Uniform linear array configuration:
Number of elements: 64
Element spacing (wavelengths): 1
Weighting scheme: blackman
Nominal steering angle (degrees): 30
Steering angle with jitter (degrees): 29.422
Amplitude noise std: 0.05
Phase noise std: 0.05

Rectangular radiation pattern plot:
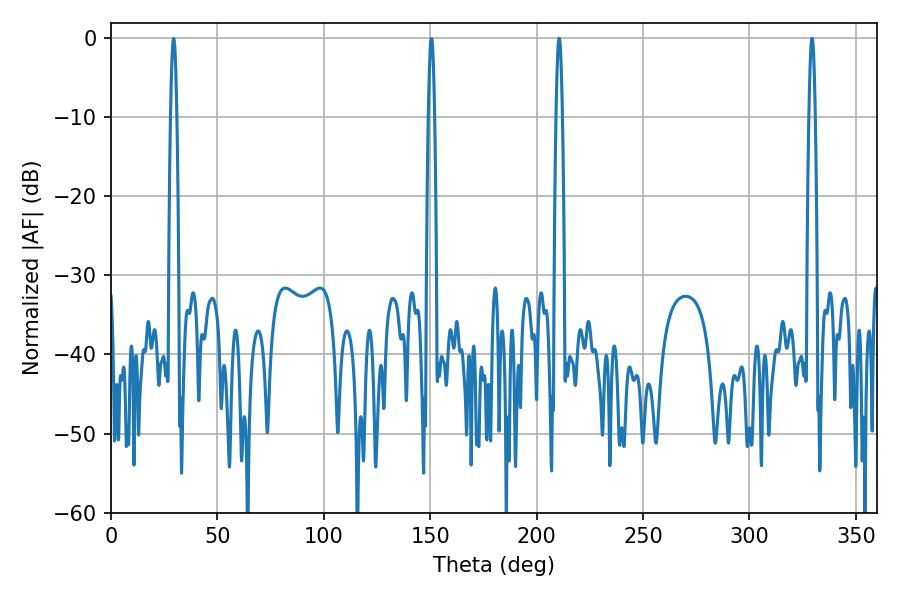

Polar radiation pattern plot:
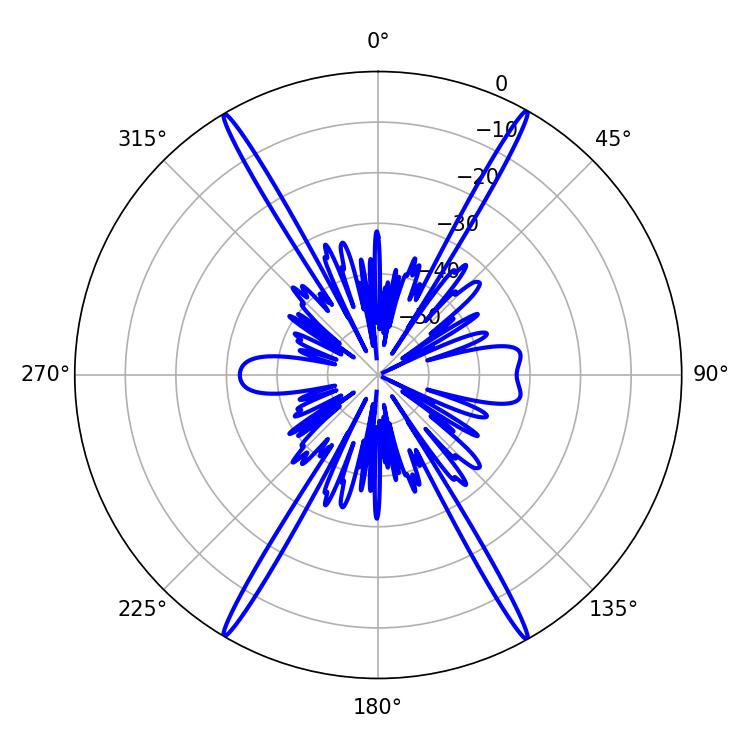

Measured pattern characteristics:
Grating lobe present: TRUE
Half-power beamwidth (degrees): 1.44
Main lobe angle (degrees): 210.6